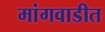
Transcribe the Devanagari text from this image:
मांगवाडीत